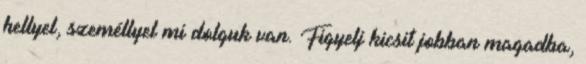
hellyel, személlyel mi dolguk van. Figyelj kicsit jobban magadba,